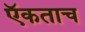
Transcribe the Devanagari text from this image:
ऍकताच